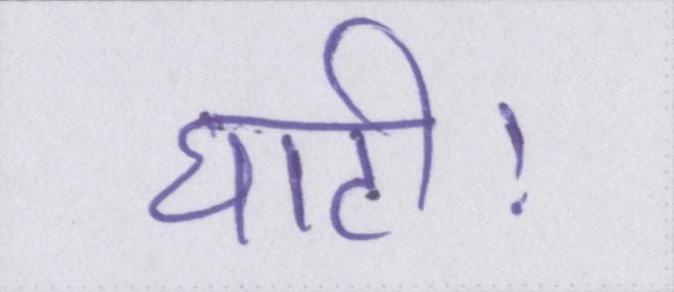
घाटी।